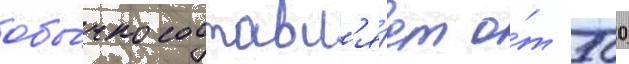
обы́чно составл'я́ет о́т 500